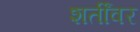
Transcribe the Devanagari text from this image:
शर्तींवर